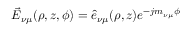
\vec { E } _ { \nu \mu } ( \rho , z , \phi ) = { \hat { e } } _ { \nu \mu } ( \rho , z ) e ^ { - j m _ { \nu \mu } \phi }